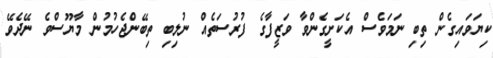
ކިޔަވައިގެން ތިބި ނަމަވެސް އެކަށީގެންވާ ވަޒީފާގެ ފުރުސަތެއް ނުލިބި ތިބޭންޖެހުމުން މާޔޫސްވެ ނޭދެވޭ